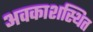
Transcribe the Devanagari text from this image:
अवकाशस्थित